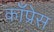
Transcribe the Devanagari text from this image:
काँप्रेस